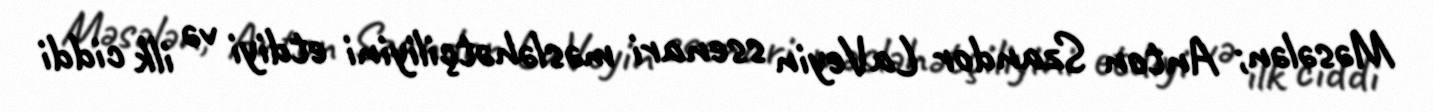
Məsələn; Anton Szandor LaVeyin ssenari məsləhətçiliyini etdiyi və ilk ciddi